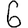
Digit: 6